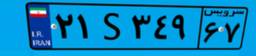
۲۱S۳۴۹۶۷